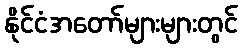
နိုင်ငံအတော်များများတွင်